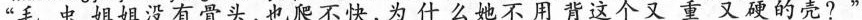
“毛虫姐姐没有骨头，也爬不快，为什么她不用背这个又重又硬的壳？”